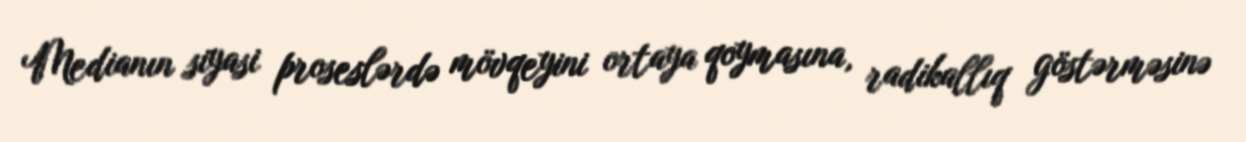
Medianın siyasi proseslərdə mövqeyini ortaya qoymasına, radikallıq göstərməsinə